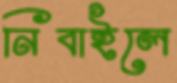
নিবাইলে